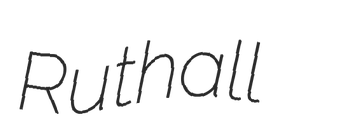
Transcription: Ruthall